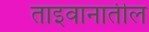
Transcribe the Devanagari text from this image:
ताइवानातील